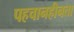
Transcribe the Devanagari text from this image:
पहचानहीनता